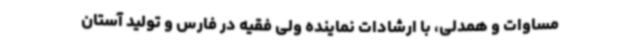
مساوات و همدلی، با ارشادات نماینده ولی فقیه در فارس و تولید آستان